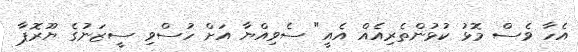
އެހާ ވެސް މޮޅު ކުޅުންތެރިއެއް އެއީ" ސެވިއްޔާ އަށް ހުސްވި ސީޒަނުގެ ޔޫރޮޕާ